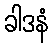
ခါဒနံ